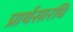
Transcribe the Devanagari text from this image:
प्रार्थसारधि